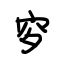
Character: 穸